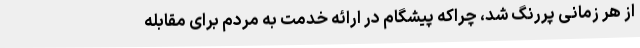
از هر زمانی پررنگ شد، چراکه پیشگام در ارائه خدمت به مردم برای مقابله